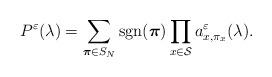
LaTeX: \begin{align*} P^\varepsilon(\lambda)=\sum_{\boldsymbol{\pi}\in S_{N}}\mathop{\mathrm{sgn}}(\boldsymbol{\pi})\prod_{x\in\mathcal{S}} a^\varepsilon_{x,\pi_x}(\lambda).\end{align*}